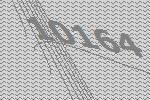
10164